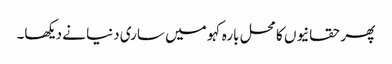
پھر حقانیوں کا محل بارہ کہو میں ساری دنیا نے دیکھا۔